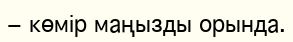
− көмір маңызды орында.